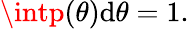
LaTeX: \intp(\theta)\mathrm{d}\theta=1.